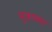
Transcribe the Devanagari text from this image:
मूत्राच्या